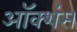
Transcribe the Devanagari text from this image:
ऑक्शंस